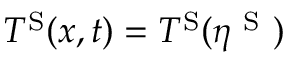
T ^ { \mathrm { S } } ( x , t ) = T ^ { \mathrm { S } } ( \eta ^ { \mathrm { ~ S ~ } } )